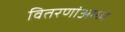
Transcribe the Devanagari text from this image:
वितरणांअम्ध्ये